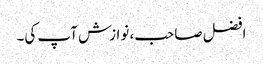
افضل صاحب، نوازش آپ کی۔